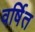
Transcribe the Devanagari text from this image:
वर्षित